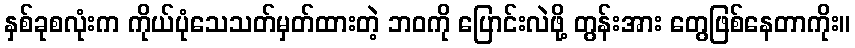
နှစ်ခုစလုံးက ကိုယ်ပုံသေသတ်မှတ်ထားတဲ့ ဘဝကို ပြောင်းလဲဖို့ တွန်းအား တွေဖြစ်နေတာကိုး။